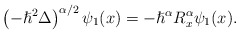
\begin{align*}\left( -\hslash^{2}\Delta\right) ^{\alpha/2}\psi_{1}(x)=-\hslash^{\alpha}R_{x}^{\alpha}\psi_{1}(x).\end{align*}